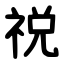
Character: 祱